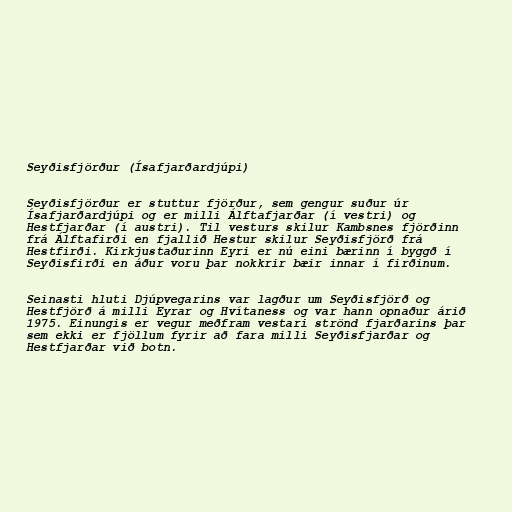
Seyðisfjörður (Ísafjarðardjúpi)

Seyðisfjörður er stuttur fjörður, sem gengur suður úr
Ísafjarðardjúpi og er milli Álftafjarðar (í vestri) og
Hestfjarðar (í austri). Til vesturs skilur Kambsnes fjörðinn
frá Álftafirði en fjallið Hestur skilur Seyðisfjörð frá
Hestfirði. Kirkjustaðurinn Eyri er nú eini bærinn í byggð í
Seyðisfirði en áður voru þar nokkrir bæir innar í firðinum.

Seinasti hluti Djúpvegarins var lagður um Seyðisfjörð og
Hestfjörð á milli Eyrar og Hvítaness og var hann opnaður árið
1975. Einungis er vegur meðfram vestari strönd fjarðarins þar
sem ekki er fjöllum fyrir að fara milli Seyðisfjarðar og
Hestfjarðar við botn.